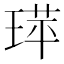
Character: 𬍷